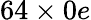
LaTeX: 64\times 0e